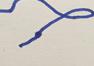
Signature authenticity: forged